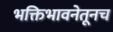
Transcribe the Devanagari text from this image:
भक्तिभावनेतूनच